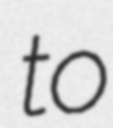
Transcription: to